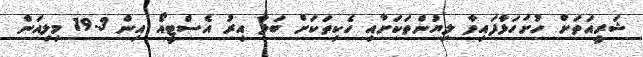
ޝަރީއަތަށް ހުށަހަޅާފައިވާ ލިޔުންތަކަށާއި ހެކިތަކަށް ބަލާ އިރު އެސްޓީއޯ އިން 19.3 މިލިއަން